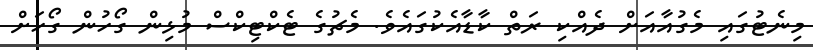
މިނެޓުގައި މެގުއާއަށް ދެއްކި ރަތް ކާޑާއެކުގައެވެ. މެޗުގެ ޓެކްޓިކްސް މުޅިން ގޯހުން ގޯހަށް